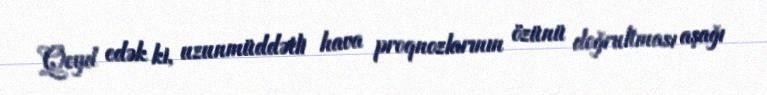
Qeyd edək ki, uzunmüddətli hava proqnozlarının özünü doğrultması aşağı